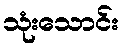
သုံးသောင်း